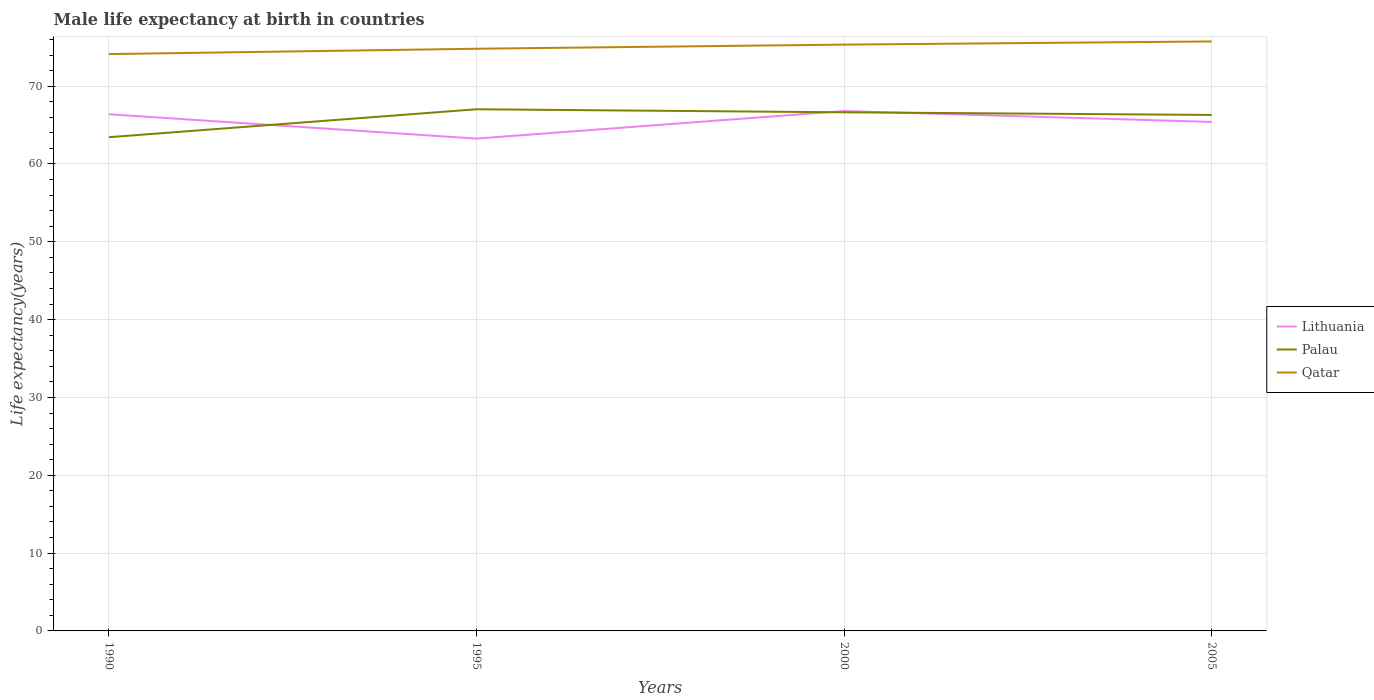
| Years | Lithuania | Palau | Qatar |
 | --- | --- | --- | --- |
 | 1990 | 66.4 | 63.4 | 74.1 |
 | 1995 | 63.3 | 67 | 74.8 |
 | 2000 | 66.8 | 66.6 | 75.3 |
 | 2005 | 65.4 | 66.3 | 75.7 |